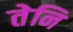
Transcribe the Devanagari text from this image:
तेनि